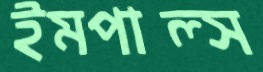
ইমপাল্স